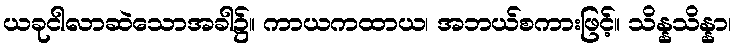
ယခုငါလာဆဲသောအခါ၌။ ကာယကထာယ၊ အဘယ်စကားဖြင့်။ သိန္နသိန္နာ၊